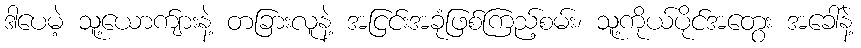
ဒါပေမဲ့ သူ့ယောက်ျားနဲ့ တခြားလူနဲ့ အငြင်းအခုံဖြစ်ကြည့်စမ်း၊ သူ့ကိုယ်ပိုင်အတွေး အခေါ်နဲ့